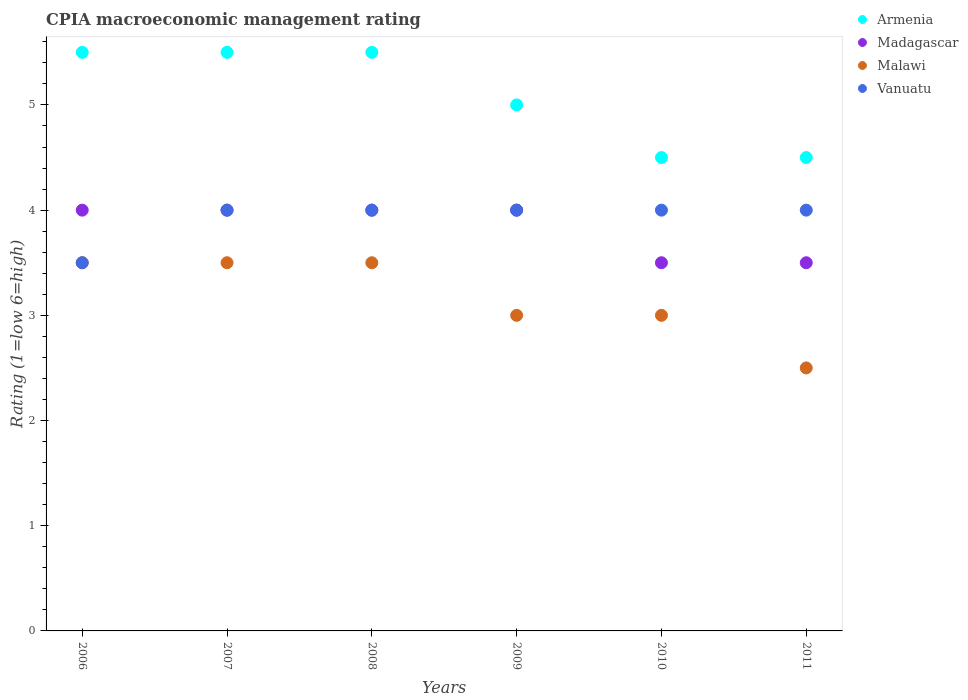
| Years | Armenia | Madagascar | Malawi | Vanuatu |
 | --- | --- | --- | --- | --- |
 | 2006 | 5.5 | 4 | 3.5 | 3.5 |
 | 2007 | 5.5 | 4 | 3.5 | 4 |
 | 2008 | 5.5 | 4 | 3.5 | 4 |
 | 2009 | 5 | 4 | 3 | 4 |
 | 2010 | 4.5 | 3.5 | 3 | 4 |
 | 2011 | 4.5 | 3.5 | 2.5 | 4 |